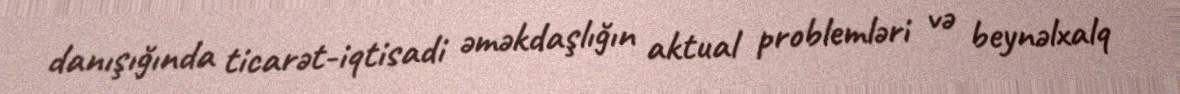
danışığında ticarət-iqtisadi əməkdaşlığın aktual problemləri və beynəlxalq